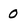
Character: 0